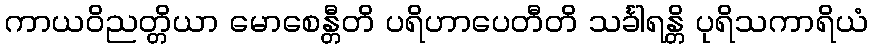
ကာယဝိညတ္တိယာ မောစေန္တီတိ ပရိဟာပေတီတိ သင်္ခါရန္တိ ပုရိသကာရိယံ